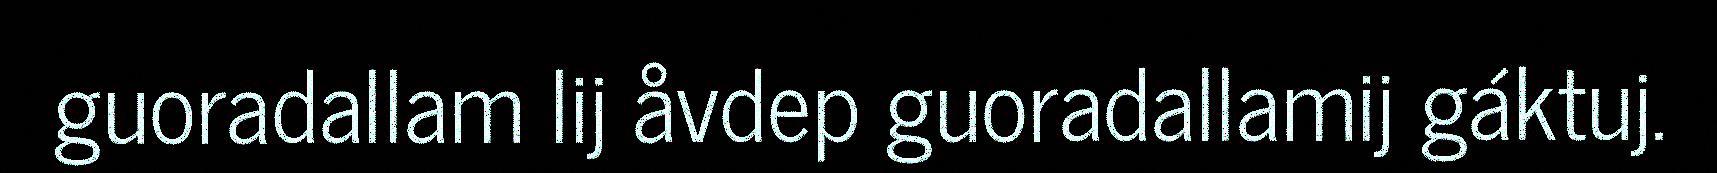
guoradallam lij åvdep guoradallamij gáktuj.